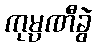
ကုမ္ပဏီခွဲ